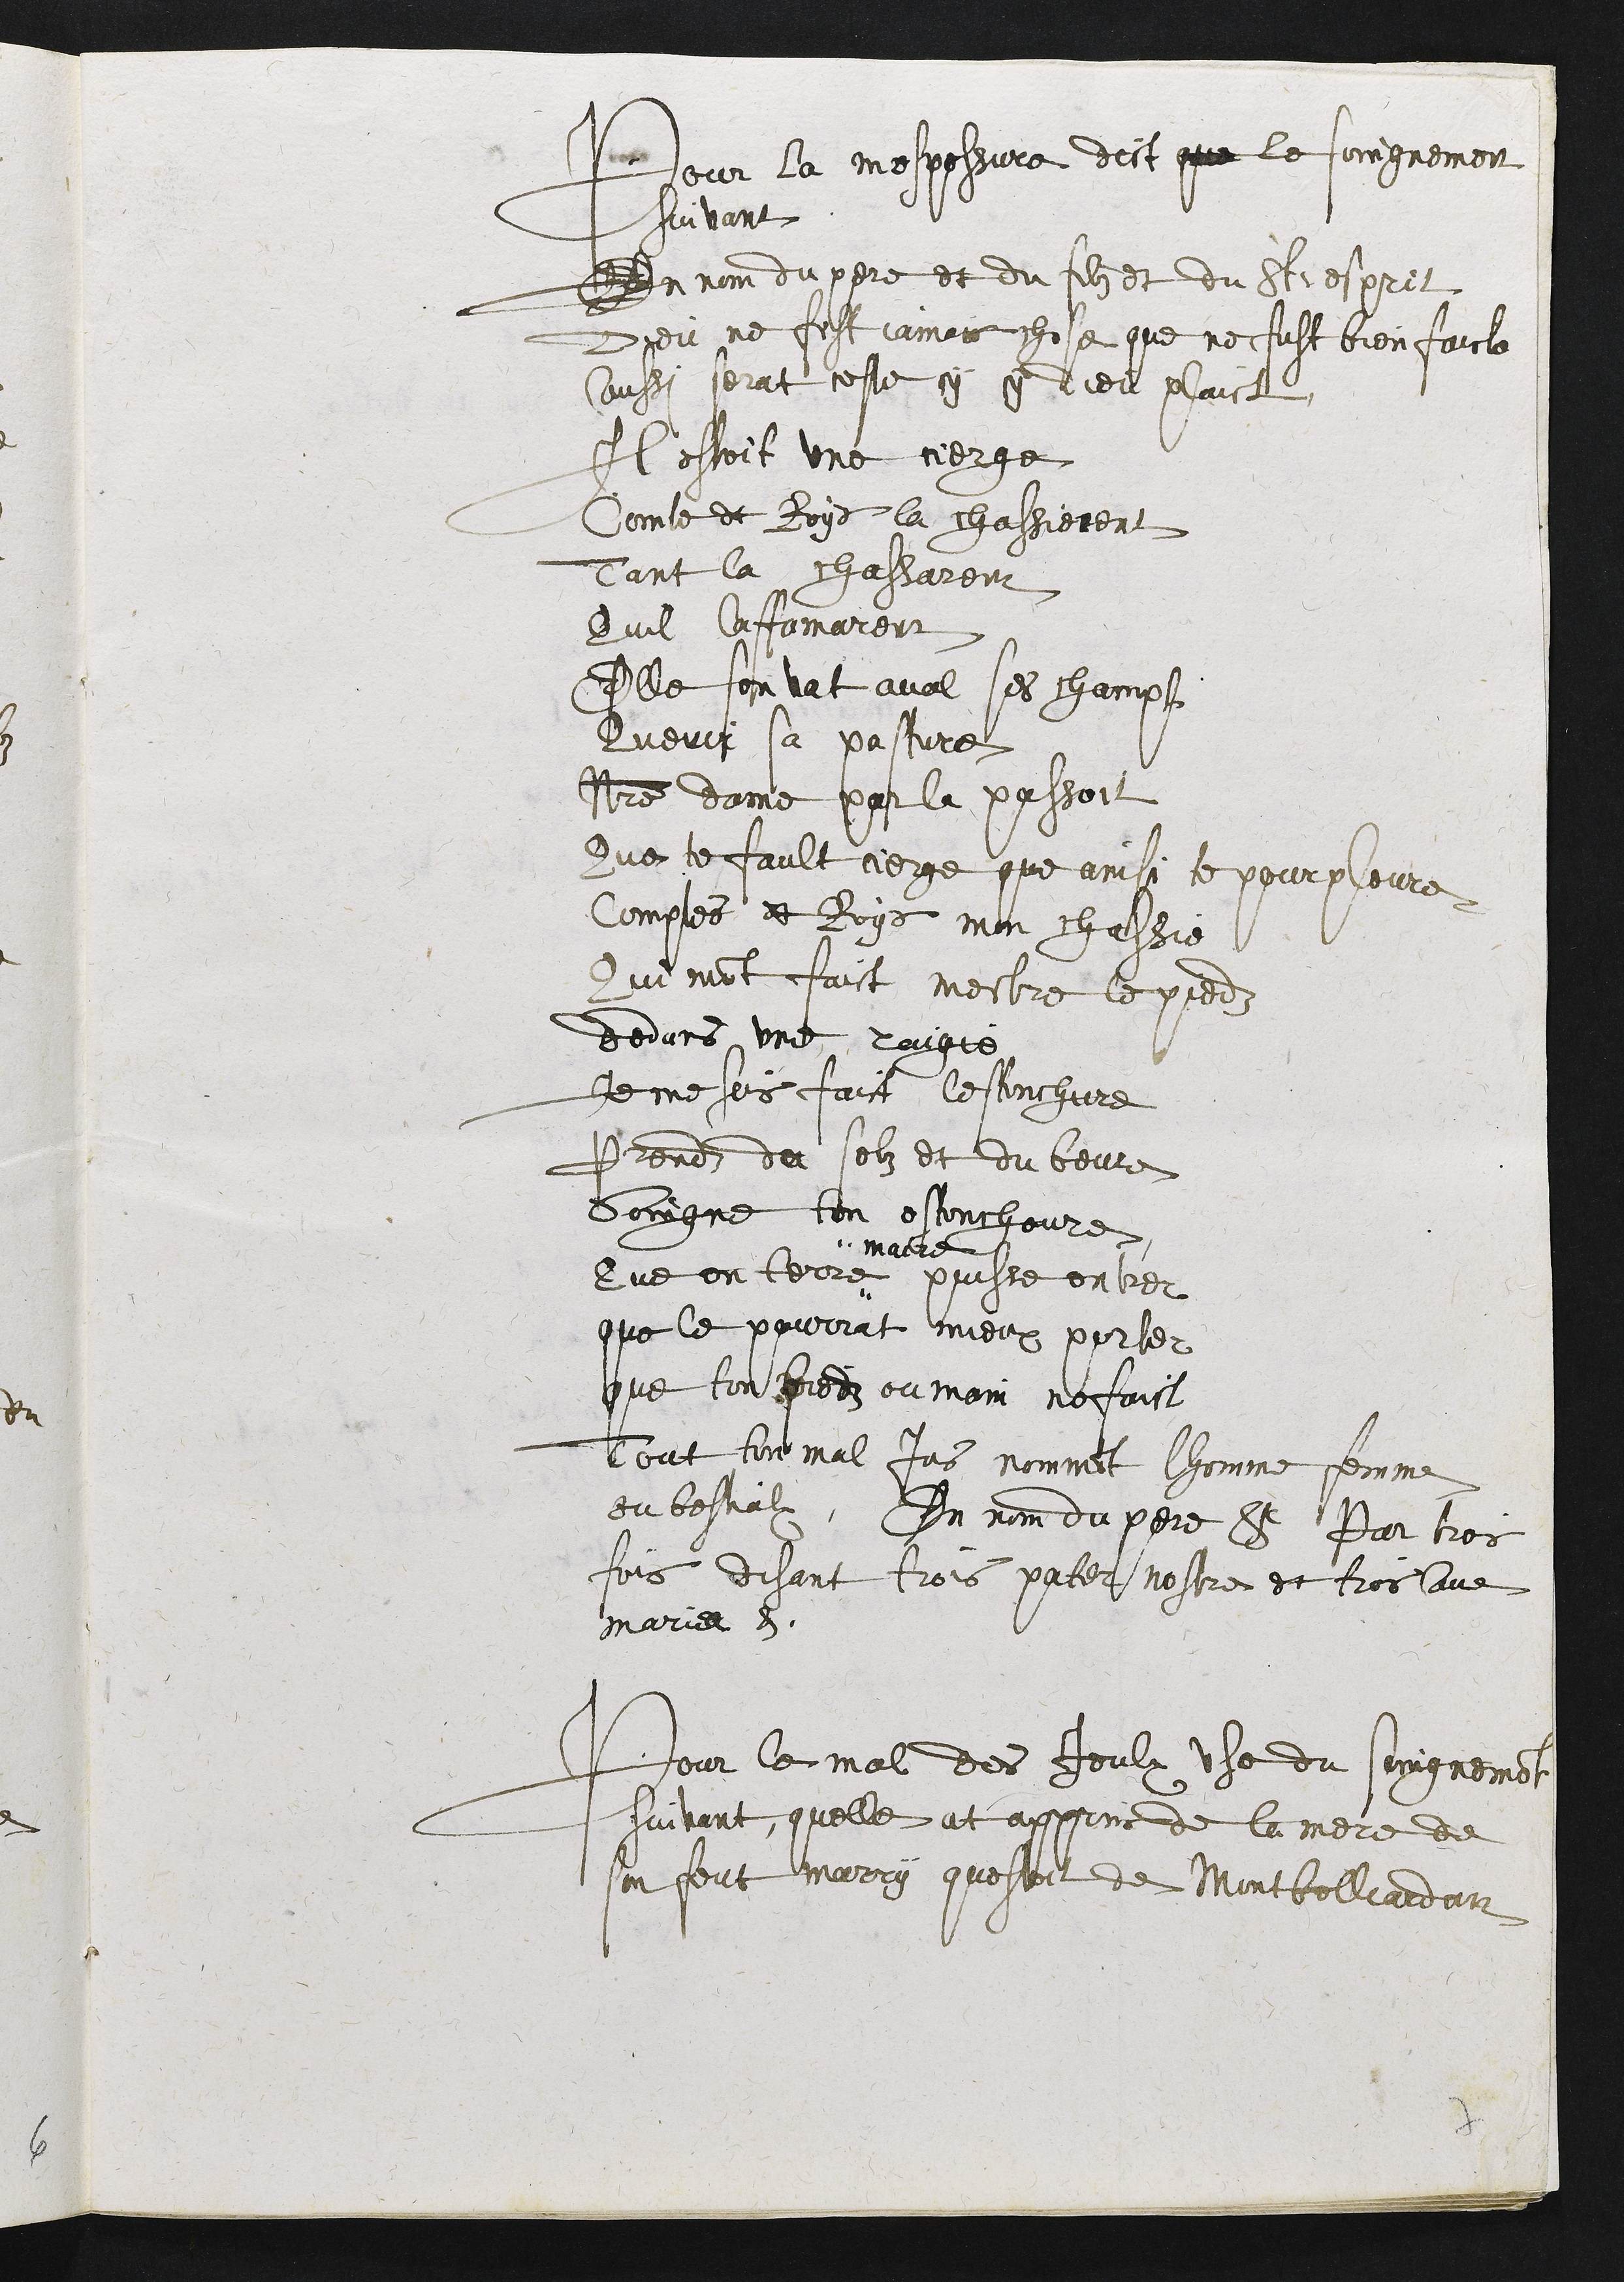
Pour la mespossure dict que le soingnement
fuivant
En nom du pere et du filz et du St espret
Dieu ne fist jamais chose que ne fust bien faicte
Caussi serat ceste cy y dieu pluist
Il estoit une cierge
Comte et Roys la chassierent
tant la chassarent
Quil laffamarent
Elle sonvat aval ses champt
Querir sa pasture
nostre dame par la passoit
Que te fault cierge que ainsi te pourpleure
comples et Roys mon chassie
Qui mont faict mestre le pied
dedans une raigte
Je me ses faict lestonchure
Prendz du solz et du beure
Soingne ton estoncheure
Que en terre
malle
puisse enbrer
que le pourrat mieux porter
que ton predz ou main nefaict
Tout ton mal jas nommant lhomme femme
du bestialx. En nom du pere St par tros
fois disant trois pater nestre et troissave
marie 8.
Pour le mal des Jeulx use du soingnement
suivant, quelle at appris de la mere de
son feut marry questoit de Montbollardan